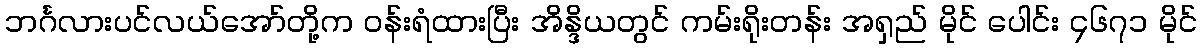
ဘင်္ဂလားပင်လယ်အော်တို့က ဝန်းရံထားပြီး အိန္ဒိယတွင် ကမ်းရိုးတန်း အရှည် မိုင် ပေါင်း ၄၆၇၁ မိုင်